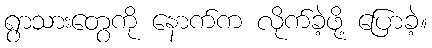
ရွာသားတွေကို နောက်က လိုက်ခဲ့ဖို့ ပြောခဲ့။